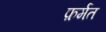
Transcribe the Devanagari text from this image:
फ़र्मत